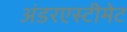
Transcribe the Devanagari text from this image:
अंडरएस्टीमेट